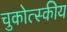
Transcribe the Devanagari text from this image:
चुकोत्स्कीय